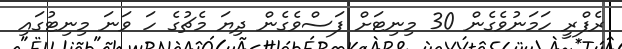
ރެފްރީ ހަމަނުވެގެން 30 މިނިޓަށް ފަސްވެގެން ދިޔަ މެޗުގެ ހަ ވަނަ މިނިޓުގައި